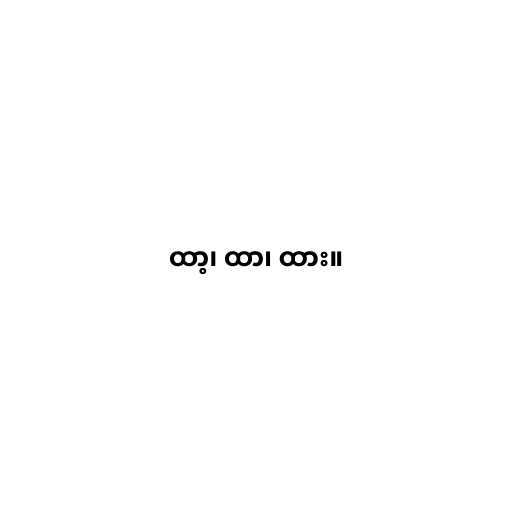
ထာ့၊ ထာ၊ ထား။